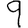
Digit: 9